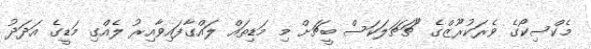
މެކްސިކޯގެ ވެރަކުރޫޒްގެ "ޗަޗަލަކަސް ބީޗަށް މި މަޑިތައް ލައްގާފައިވާއިރު ލެއްގި މަޑީގެ އަދަދު